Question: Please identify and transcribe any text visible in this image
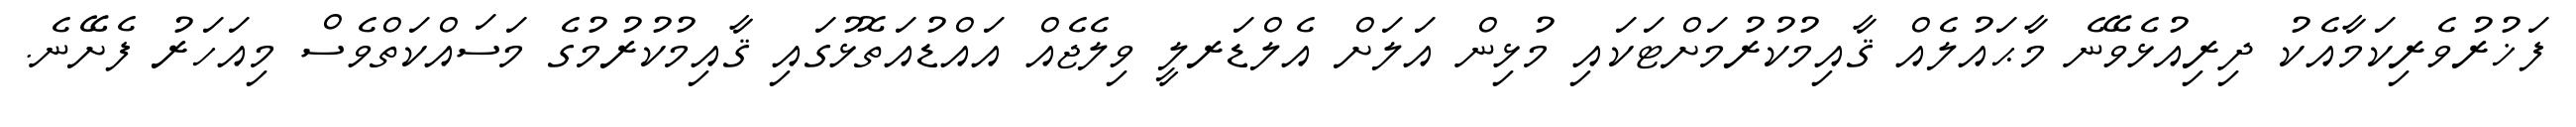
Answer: ފަޚުރުވެރިކަމާއެކު ދިރިއުޅެވޭނެ މާޙައުލެއް ޤާއިމުކުރުމަށްޓަކައި މުޅިން އަލަށް އެލްޑަރލީ ވިލެޖެއް އައްޑުއަތޮޅުގައި ޤާއިމުކުރުމުގެ މަސައްކަތްވެސް މިއަހަރު ފެށޭނެ.